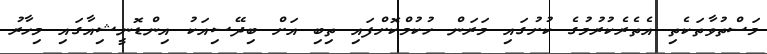
މަސްތުވާތަކެތި އެތެރެކުރުމުގެ ކުށުގައި މަރަން ހުކުމްކޮށްފައި ތިބި އަށް ބިދޭސިއަކު އިންޑޮނީޝިއާގައި މިހާރު